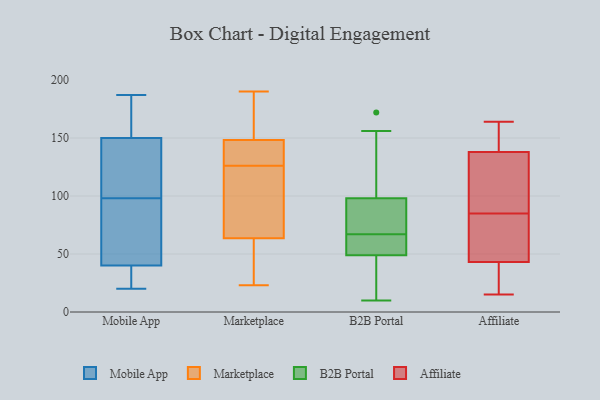
{"axis": {"x": "Demand Index", "y": "Value"}, "legend": ["Affiliate", "B2B Portal", "Marketplace", "Mobile App"], "data": [{"x": "", "y": 40, "type": "Mobile App"}, {"x": "", "y": 99, "type": "Mobile App"}, {"x": "", "y": 90, "type": "Mobile App"}, {"x": "", "y": 95, "type": "Mobile App"}, {"x": "", "y": 20, "type": "Mobile App"}, {"x": "", "y": 177, "type": "Mobile App"}, {"x": "", "y": 176, "type": "Mobile App"}, {"x": "", "y": 34, "type": "Mobile App"}, {"x": "", "y": 97, "type": "Mobile App"}, {"x": "", "y": 24, "type": "Mobile App"}, {"x": "", "y": 150, "type": "Mobile App"}, {"x": "", "y": 129, "type": "Mobile App"}, {"x": "", "y": 119, "type": "Mobile App"}, {"x": "", "y": 187, "type": "Mobile App"}, {"x": "", "y": 130, "type": "Marketplace"}, {"x": "", "y": 88, "type": "Marketplace"}, {"x": "", "y": 28, "type": "Marketplace"}, {"x": "", "y": 65, "type": "Marketplace"}, {"x": "", "y": 126, "type": "Marketplace"}, {"x": "", "y": 152, "type": "Marketplace"}, {"x": "", "y": 172, "type": "Marketplace"}, {"x": "", "y": 60, "type": "Marketplace"}, {"x": "", "y": 131, "type": "Marketplace"}, {"x": "", "y": 88, "type": "Marketplace"}, {"x": "", "y": 137, "type": "Marketplace"}, {"x": "", "y": 23, "type": "Marketplace"}, {"x": "", "y": 63, "type": "Marketplace"}, {"x": "", "y": 166, "type": "Marketplace"}, {"x": "", "y": 190, "type": "Marketplace"}, {"x": "", "y": 63, "type": "B2B Portal"}, {"x": "", "y": 19, "type": "B2B Portal"}, {"x": "", "y": 172, "type": "B2B Portal"}, {"x": "", "y": 93, "type": "B2B Portal"}, {"x": "", "y": 107, "type": "B2B Portal"}, {"x": "", "y": 61, "type": "B2B Portal"}, {"x": "", "y": 42, "type": "B2B Portal"}, {"x": "", "y": 142, "type": "B2B Portal"}, {"x": "", "y": 85, "type": "B2B Portal"}, {"x": "", "y": 49, "type": "B2B Portal"}, {"x": "", "y": 98, "type": "B2B Portal"}, {"x": "", "y": 54, "type": "B2B Portal"}, {"x": "", "y": 93, "type": "B2B Portal"}, {"x": "", "y": 71, "type": "B2B Portal"}, {"x": "", "y": 10, "type": "B2B Portal"}, {"x": "", "y": 25, "type": "B2B Portal"}, {"x": "", "y": 58, "type": "B2B Portal"}, {"x": "", "y": 156, "type": "B2B Portal"}, {"x": "", "y": 98, "type": "Affiliate"}, {"x": "", "y": 97, "type": "Affiliate"}, {"x": "", "y": 48, "type": "Affiliate"}, {"x": "", "y": 132, "type": "Affiliate"}, {"x": "", "y": 36, "type": "Affiliate"}, {"x": "", "y": 38, "type": "Affiliate"}, {"x": "", "y": 155, "type": "Affiliate"}, {"x": "", "y": 69, "type": "Affiliate"}, {"x": "", "y": 15, "type": "Affiliate"}, {"x": "", "y": 164, "type": "Affiliate"}, {"x": "", "y": 144, "type": "Affiliate"}, {"x": "", "y": 73, "type": "Affiliate"}]}